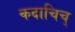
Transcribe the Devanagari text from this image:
कदाचिच्